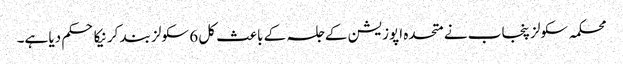
محکمہ سکولز پنجاب نے متحدہ اپوزیشن کے جلسہ کے باعث کل 6 سکولز بند کرنیکا حکم دیا ہے۔